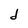
Character: d